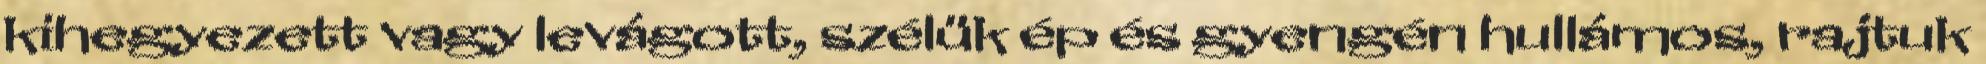
kihegyezett vagy levágott, szélük ép és gyengén hullámos, rajtuk